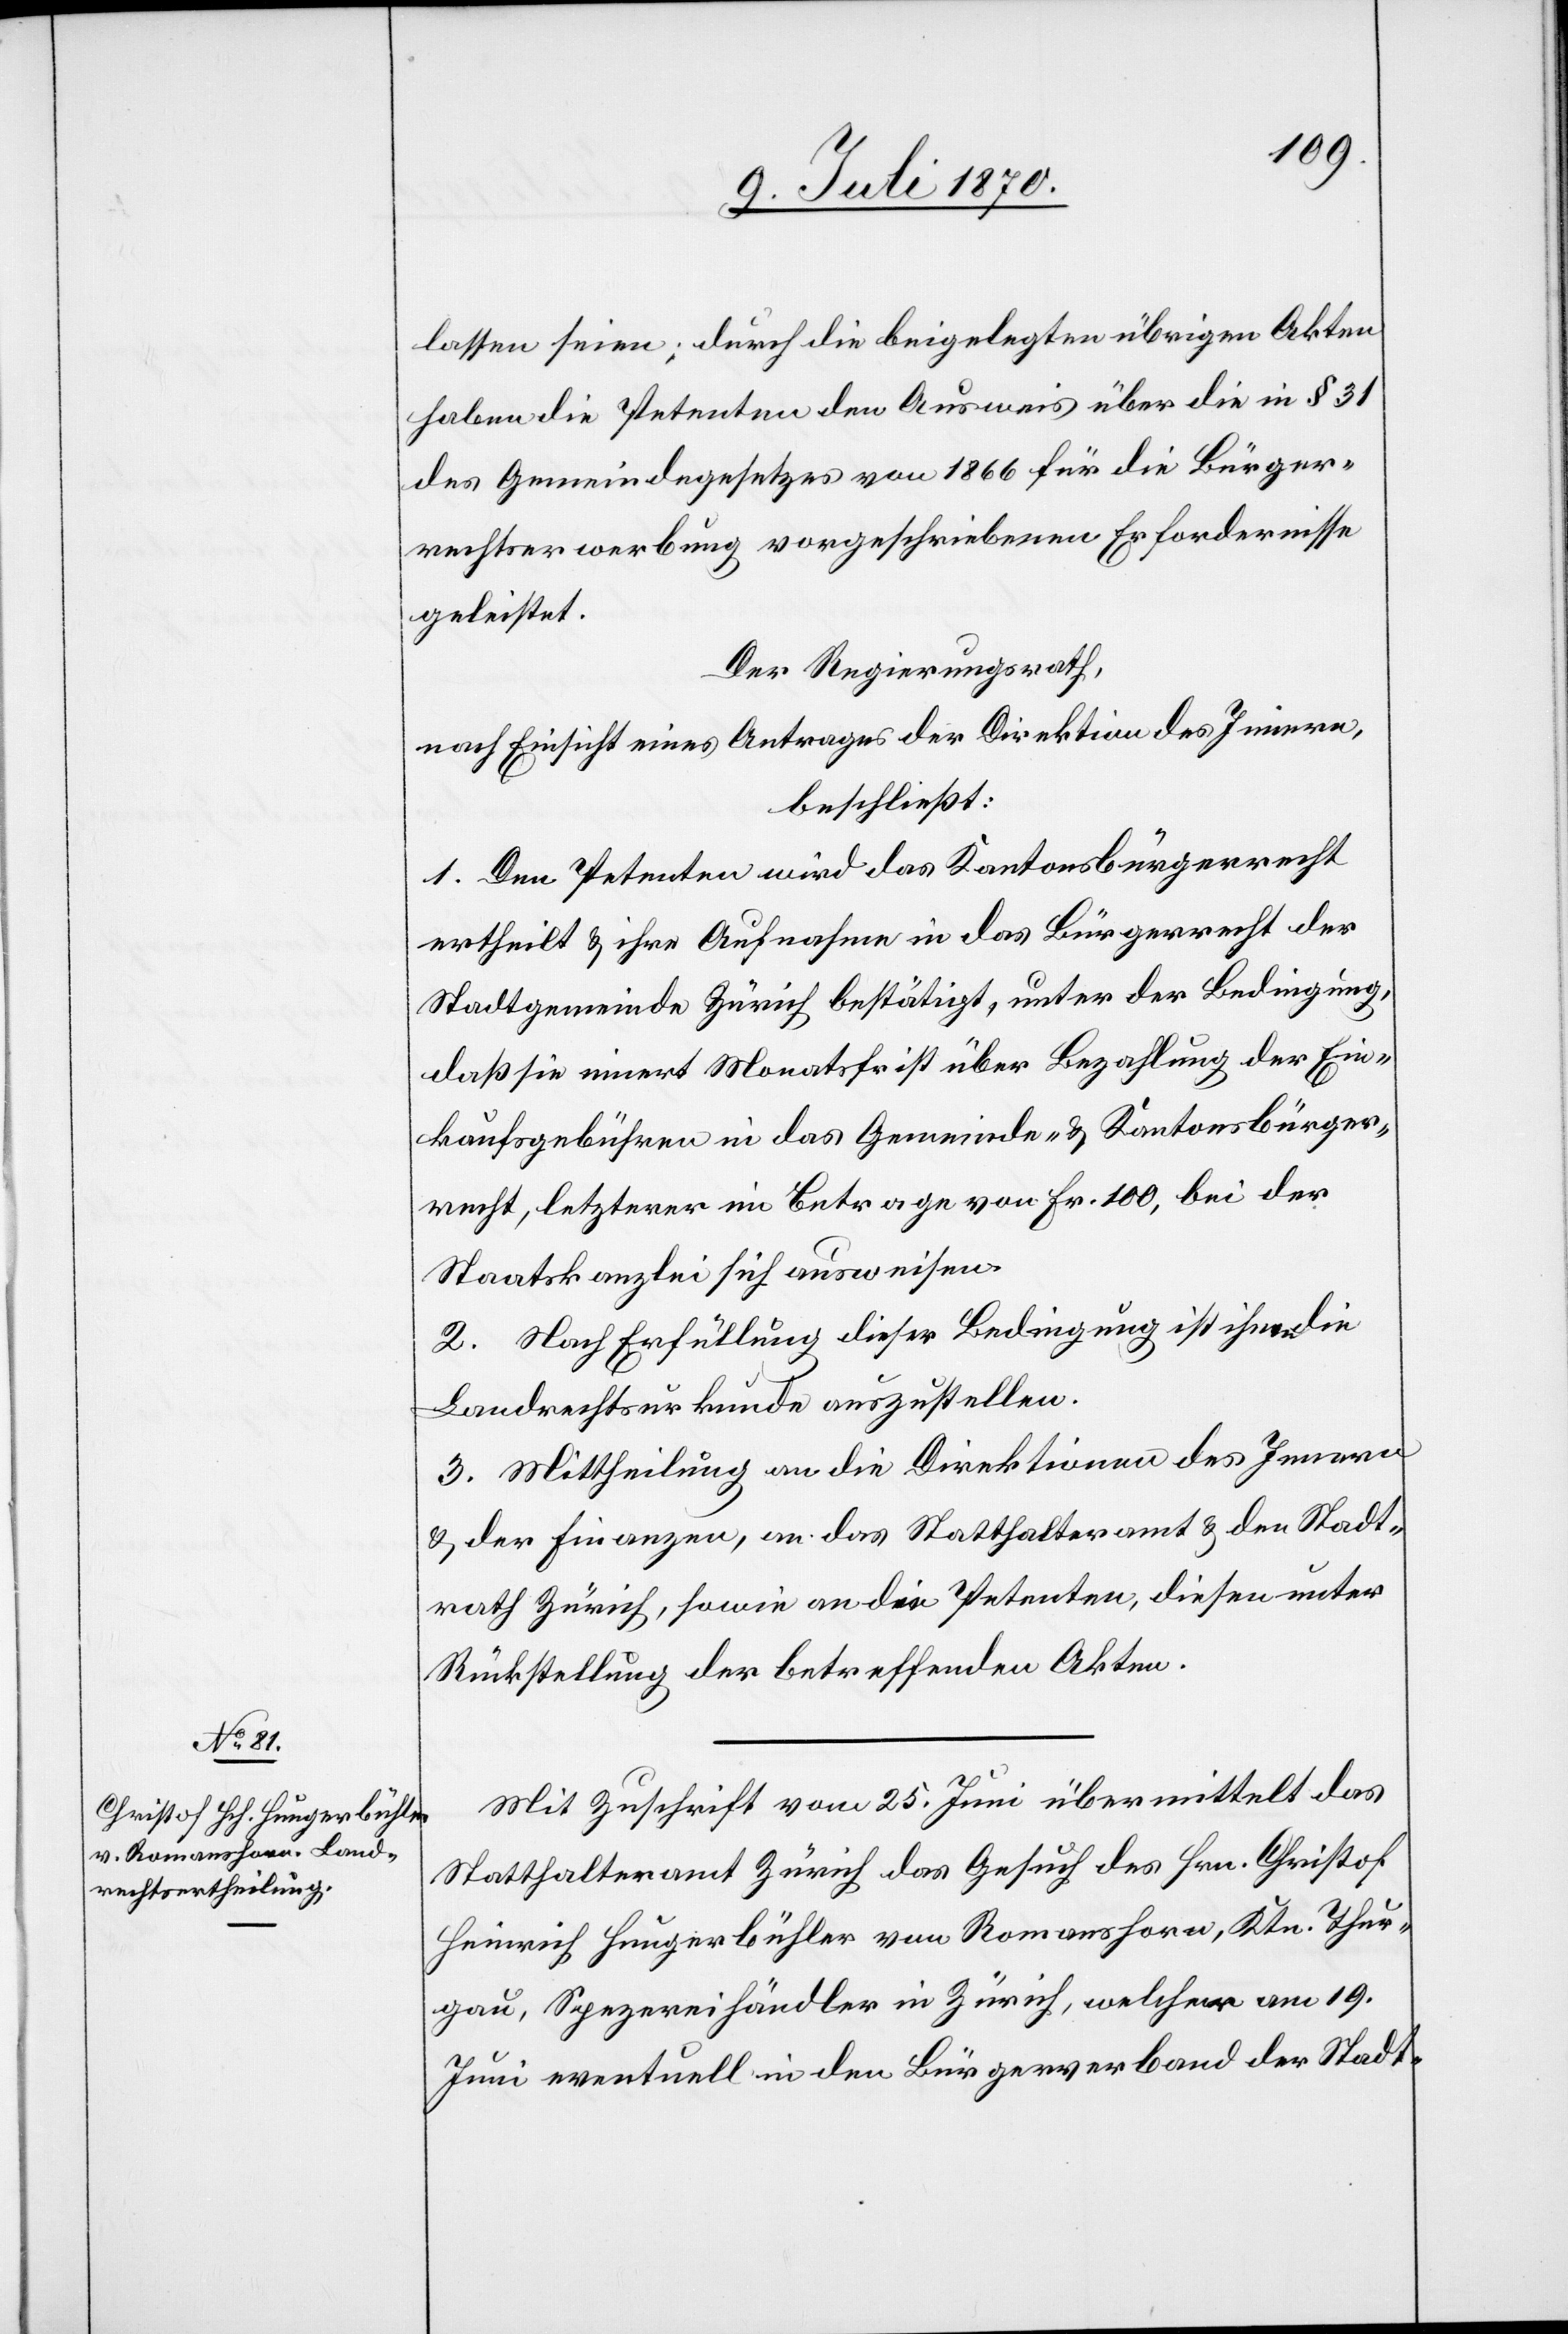
lassen seien; durch die beigelegten übrigen Akten
haben die Petenten den Ausweis über die in § 31
des Gemeindegesetzes von 1866 für die Bürger¬
rechtserwerbung vorgeschriebenen Erfordernisse
geleistet.
Der Regierungsrath,
nach Einsicht eines Antrages der Direktion des Innern,
beschließt:
1. Den Petenten wird das Kantonsbürgerrecht
ertheilt & ihre Aufnahme in das Bürgerrecht der
Stadtgemeinde Zürich bestätigt, unter der Bedingung,
daß sie innert Monatsfrist über Bezahlung der Ein¬
kaufsgebühren in das Gemeinde- & Kantonsbürger¬
recht, letzterer im Betrage von Fr. 100, bei der
Staatskanzlei sich ausweisen.
2. Nach Erfüllung dieser Bedingung ist ihnen die
Landrechtsurkunde auszustellen.
3. Mittheilung an die Direktionen des Innern
& der Finanzen, an das Statthalteramt & den Stadt¬
rath Zürich, sowie an die Petenten, diesen unter
Rückstellung der betreffenden Akten.
Mit Zuschrift vom 25. Juni übermittelt das
Statthalteramt Zürich das Gesuch des Hrn. Christoph
Heinrich Hungerbühler von Romanshorn, Ktn. Thur¬
gau, Spezereihändler in Zürich, welcher am 19.
Juni eventuelle in den Bürgerverband der Stadt-